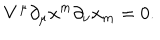
V ^ { \mu } \partial _ { \mu } x ^ { m } \partial _ { \nu } x _ { m } = 0 .